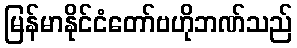
မြန်မာနိုင်ငံတော်ဗဟိုဘဏ်သည်